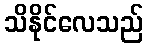
သိနိုင်လေသည်